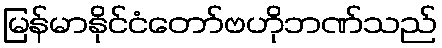
မြန်မာနိုင်ငံတော်ဗဟိုဘဏ်သည်